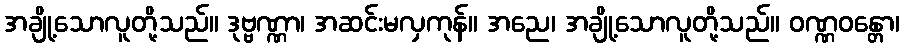
အချို့သောလူတို့သည်။ ဒုဗ္ဗဏ္ဏာ၊ အဆင်းမလှကုန်။ အညေ၊ အချို့သောလူတို့သည်။ ဝဏ္ဏဝန္တော၊